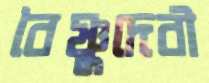
বৈষ্ণুদেবী